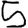
Digit: 5